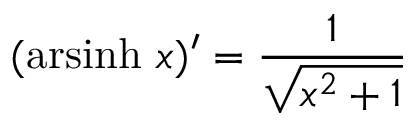
( \operatorname { a r s i n h } \, x ) ^ { \prime } = { \frac { 1 } { \sqrt { x ^ { 2 } + 1 } } }